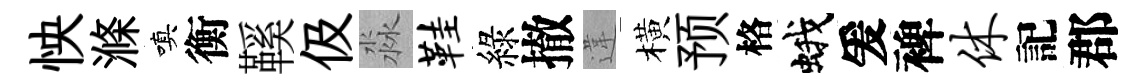
怏滌嗔衡鞵伋淼鞋綠撤違橫预格蛾爰裨休記郡